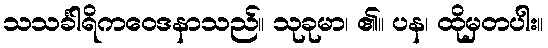
သသင်္ခါရိကဝေဒနာသည်။ သုခုမာ၊ ၏။ ပန၊ ထိုမှတပါး။